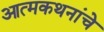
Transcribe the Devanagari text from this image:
आत्मकथनांचे